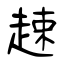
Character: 趚